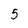
Character: 5